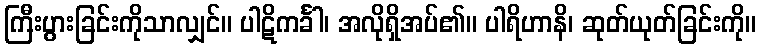
ကြီးပွားခြင်းကိုသာလျှင်။ ပါဋိကင်္ခါ၊ အလိုရှိအပ်၏။ ပါရိဟာနိ၊ ဆုတ်ယုတ်ခြင်းကို။